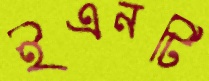
ইএনটি